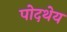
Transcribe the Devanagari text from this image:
पोदथेय